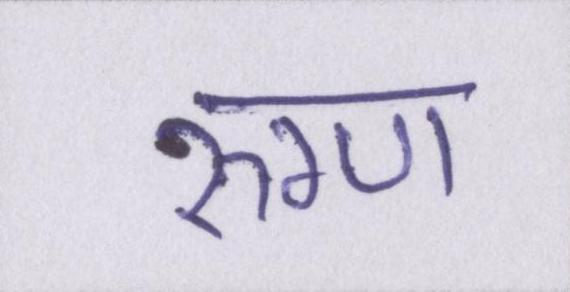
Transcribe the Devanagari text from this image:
रुग्ण